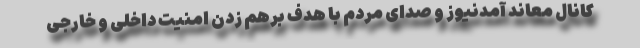
کانال معاند آمدنیوز و صدای مردم با هدف برهم زدن امنیت داخلی و خارجی